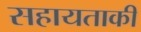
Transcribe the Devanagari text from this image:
सहायताकी